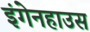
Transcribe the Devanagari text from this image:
इंगेनहाउस